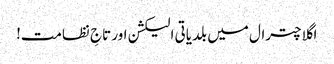
اگلا چترال میں بلدیاتی الیکشن اور تاجِ نظامت!